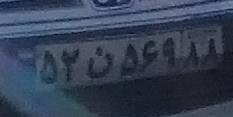
۵۲ن۵۶۹۸۸